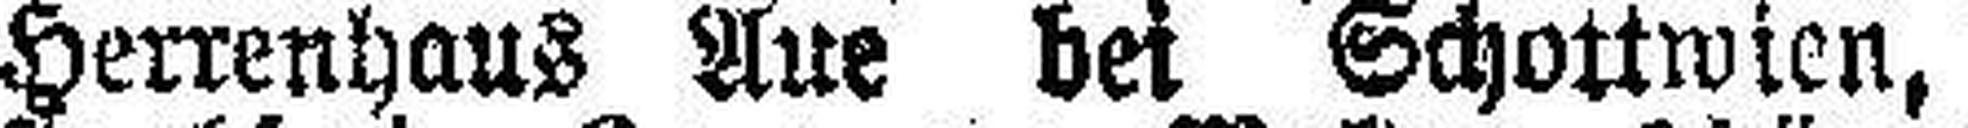
Herrenhaus Aue bei Schottwien,